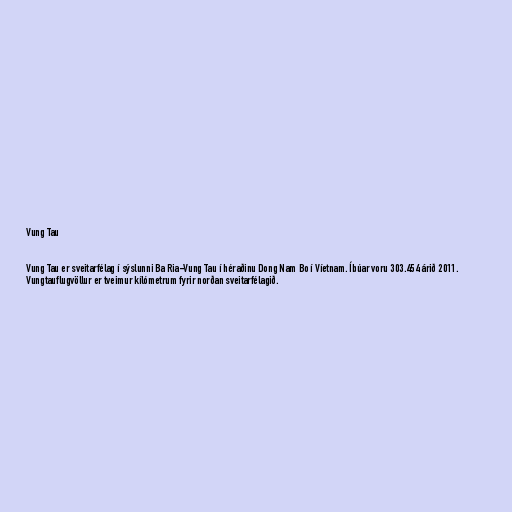
Vung Tau

Vung Tau er sveitarfélag í sýslunni Ba Ria-Vung Tau í héraðinu Dong Nam Bo í Víetnam. Íbúar voru 303.454 árið 2011.
Vungtauflugvöllur er tveimur kílómetrum fyrir norðan sveitarfélagið.